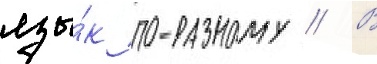
язы́к по-разному // В